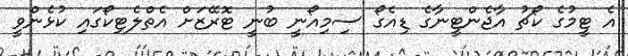
އެ ޓީމުގެ ކޯޗު އާޖެންޓީނާގެ ޑިއެގޯ ސިމިއޯނީ ބުނީ ޓޮރޭޒަށް އެތްލެޓިކޯގައި ކުޅެންވީ